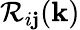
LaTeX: {\cal{R}}_{i\mathbf{j}}({\mathbf{{k}}})